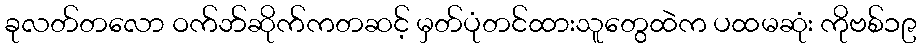
ခုလတ်တလော ဝက်ဘ်ဆိုက်ကတဆင့် မှတ်ပုံတင်ထားသူတွေထဲက ပထမဆုံး ကိုဗစ်၁၉